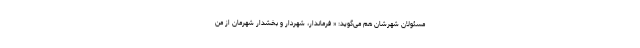
مسئولان شهرشان هم می‌گوید: « فرماندار، شهردار و بخشدار شهرمان از من